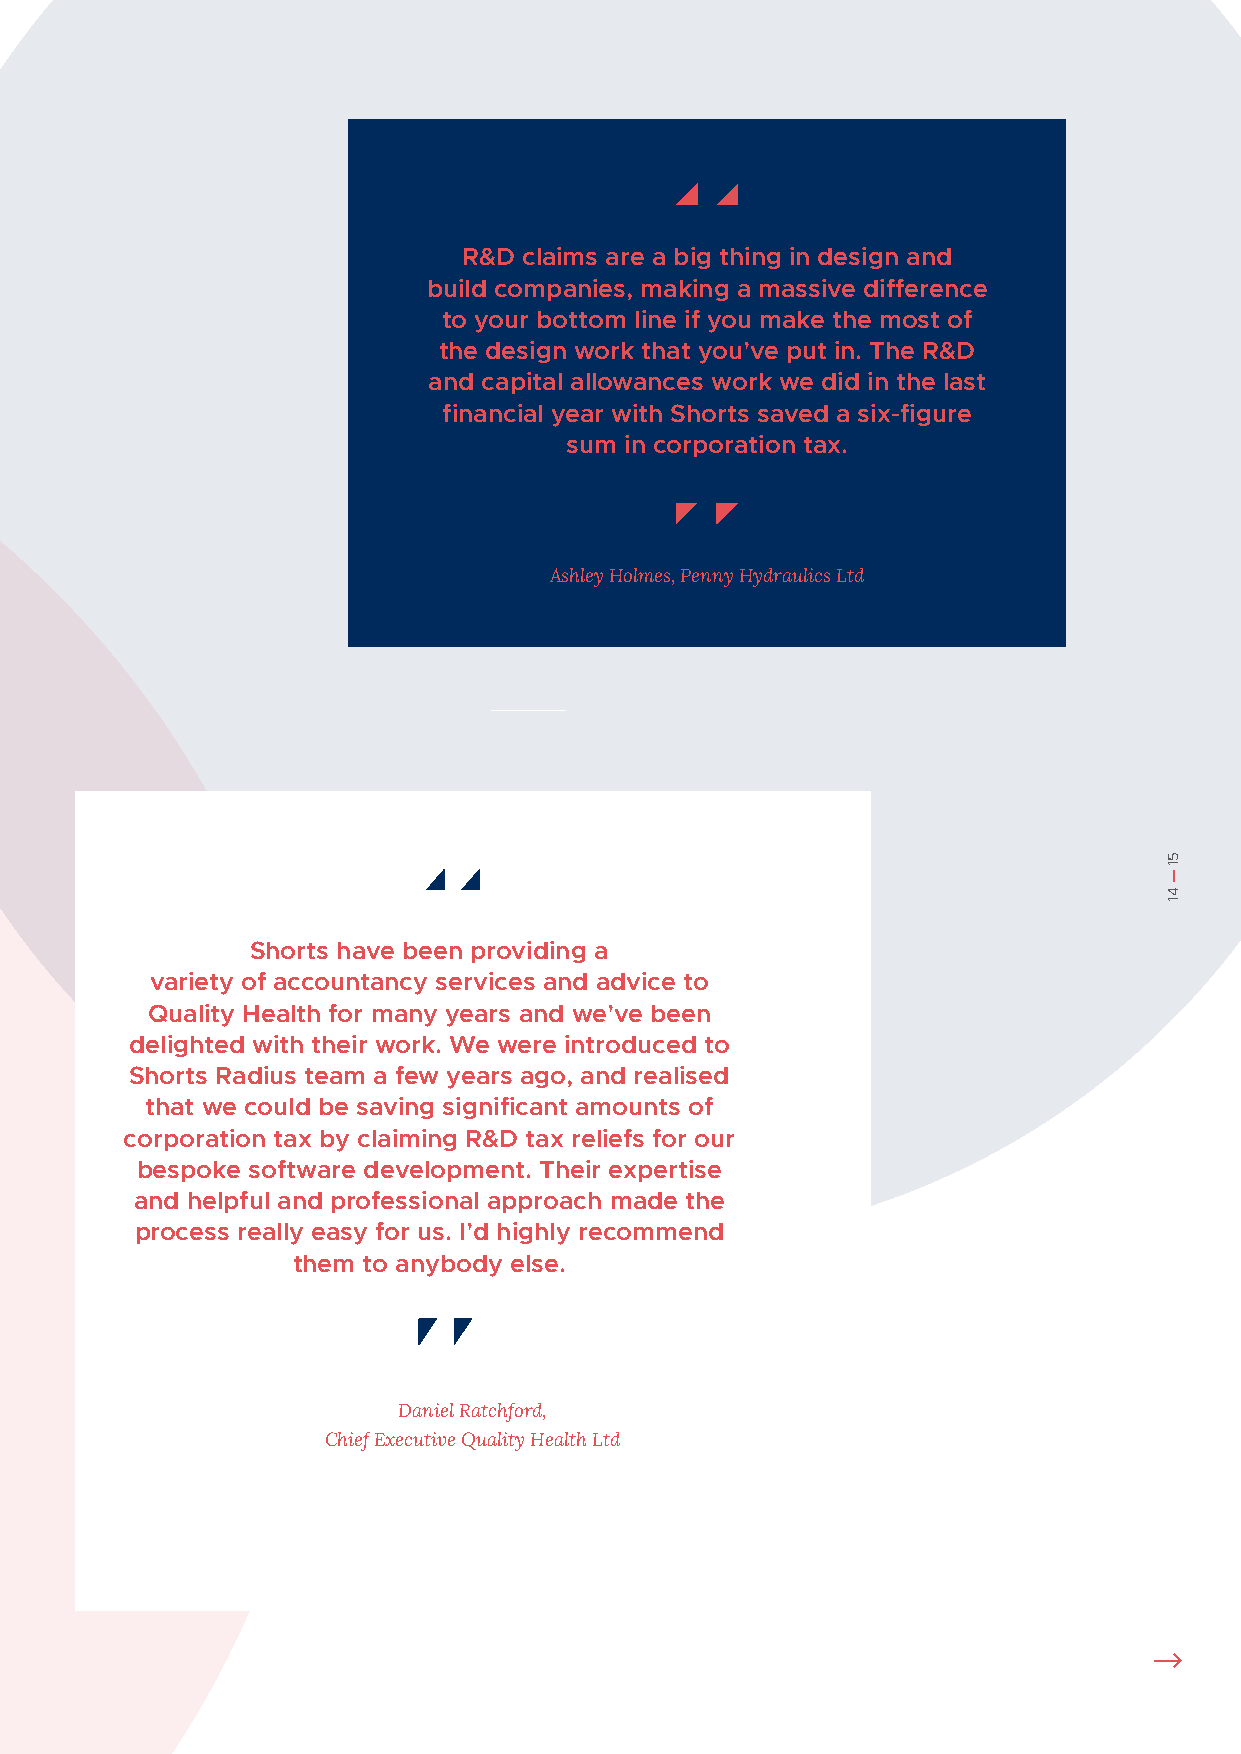
R&D claims are a big thing in design and
 build companies, making a massive difference
 to your bottom line if you make the most of
 the design work that you’ve put in. The R&D
 and capital allowances work we did in the last
 financial year with Shorts saved a six-figure
 sum in corporation tax.
 Ashley Holmes, Penny Hydraulics Ltd
 Shorts have been providing a
 variety of accountancy services and advice to
 Quality Health for many years and we’ve been
 delighted with their work. We were introduced to
 Shorts Radius team a few years ago, and realised
 that we could be saving significant amounts of
 corporation tax by claiming R&D tax reliefs for our
 bespoke software development. Their expertise
 and helpful and professional approach made the
 process really easy for us. I’d highly recommend
 them to anybody else.
 Daniel Ratchford,
 Chief Executive Quality Health Ltd
 51
 ----
 41